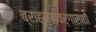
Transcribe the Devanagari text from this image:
ब्राह्मणवर्गासाठी